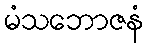
မံသဘောဇနံ